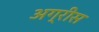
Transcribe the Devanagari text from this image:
अग्रीस